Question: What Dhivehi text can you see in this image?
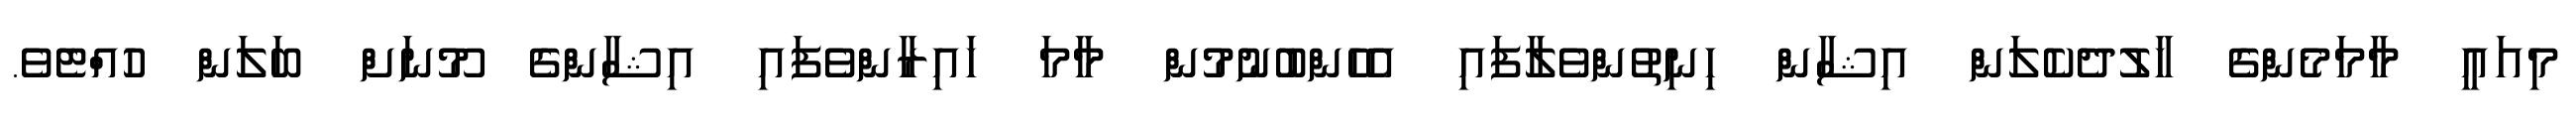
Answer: މިއައީ މާމަމެންގެ ހާލުދެކެލަން އިޝާން ހިނިތުންވެލާފައި އެހެންބުނުމުން މާމަ ހައިރާންވެފައި އިޝާންގެ މޫނަށް ބަލަން ހުއްޓެވެ.